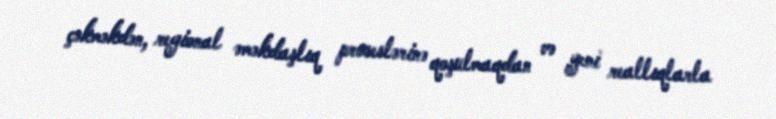
çəkməkdən, regional əməkdaşlıq proseslərinə qoşulmaqdan və yeni reallıqlarla